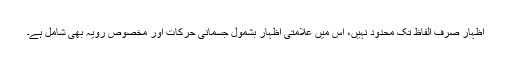
اظہار صرف الفاظ تک محدود نہیں، اس میں علامتی اظہار بشمول جسمانی حرکات اور مخصوص رویّہ بھی شامل ہے۔